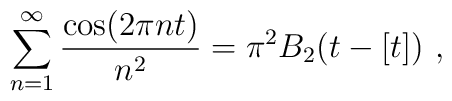
\sum_{n=1}^{\infty} {\cos(2 \pi nt)\over n^2} = \pi^2 B_2(t - [t]) \ ,